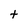
Character: t